Report on vaccination in the Province of Bengal - 1869-1873
Year: 1869
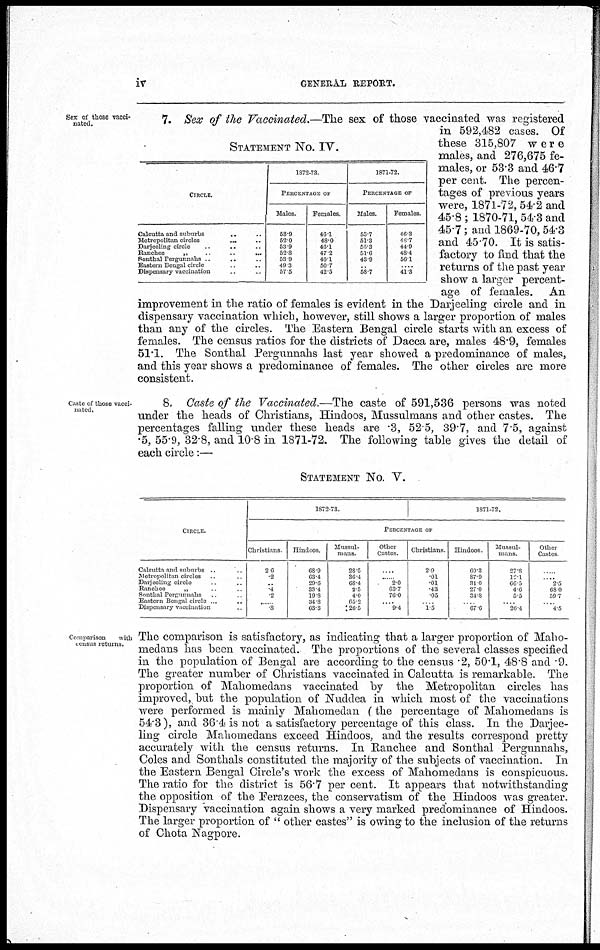
iv
GENERAL REPORT.
Sex of those vacci-
nated.
STATEMENT No. IV.
CIRCLE.
Calcutta and suburbs ... ...
Metropolitan circles
...
...
Darjeeling circle ... ...
Ranchee
„ ... ...
Sonthal Pergunnahs ... ...
Eastern Bengal circle ... ...
Dispensary vaccination ... ...
1872-73.
PERCENTAGE OF
Males.
58.9
52.0
53.9
52.8
53.9
49.3
57.5
Females.
46.1
48.0
46.1
47.2
46.1
50.7
42.5
1871-72.
PERCENTAGE OF
Males.
53.7
51.3
55.3
51.6
43.9
...
58.7
Females.
46.3
48.7
44.9
48.4
56.1
....
41.3
7. Sex of the Vaccinated.—The sex of those vaccinated was registered
in 592,482 cases. Of
these 315,807 were
males, and 276,675 fe-
males, or 53.3 and 46.7
per cent. The percen-
tages of previous years
were, 1871-72,54.2 and
45.8 ; 1870-71, 54.3 and
45.7; and 1869-70, 54.3
and 45.70. It is satis-
factory to find that the
returns of the past year
show a larger percent-
age of females. An
improvement in the ratio of females is evident in the Darjeeling circle and in
dispensary vaccination which, however, still shows a larger proportion of males
than any of the circles. The Eastern Bengal circle starts with an excess of
females. The census ratios for the districts of Dacca are, males 48.9, females
51.1. The Sonthal Pergunnahs last year showed a predominance of males,
and this year shows a predominance of females. The other circles are more
consistent.
Caste of those vacci-
nated,
8. Caste of the Vaccinated.—The caste of 591,536 persons was noted
under the heads of Christians, Hindoos, Mussulmans and other castes. The
percentages falling under these heads are .3, 52.5, 39.7, and 7.5, against
.5, 55.9, 32.8, and 10.8 in 1871-72. The following table gives the detail of
each circle:—
STATEMENT No. V.
CIRCLE.
Calcutta and suburbs ..
Metropohtan circles ..
Darjeeling circle ..
Ranchee
„ ..
Sonthal Pergunnahs ..
Eastern Bengal circle ..
Dispensary vaccination ..
1872-73.
1871-72.
PERCENTAGE OF
Christians
2.6
2
..
4
2
..
8
Hindoos
68.9
63.4
29.6
33.4
19.8
34.8
63.3
Mussul-
mans.
28.5
36.4
68.4
2.5
4.0
60.2
26.5
Other
Castes
..
..
2.0
63.7
76.0
..
9.4
Christians
2.0
.01
.01
.43
0.5
..
1.5
Hindoos
69.3
87.9
81.0
27.0
34.8
..
67.6
Mussul-
mans
27.8
12.1
66.5
4.6
5.5
..
26.4
Other
Castes
..
..
2.5
68.0
59.7
..
4.5
Comparison
with
census returns.
The comparison is satisfactory, as indicating that a larger proportion of Maho-
medans has been vaccinated. The proportions of the several classes specified
in the population of Bengal are according to the census .2, 50.1, 48.8 and .9.
The greater number of Christians vaccinated in Calcutta is remarkable. The
proportion of Mahomedans vaccinated by the Metropolitan circles has
improved, but the population of Nuddea in which most of the vaccinations
were performed is mainly Mahomedan (the percentage of Mahomedans is
54.3), and 36.4 is not a satisfactory percentage of this class. In the Darjee-
ling circle Mahomedans exceed Hindoos, and the results correspond pretty
accurately with the census returns. In Ranchee and Sonthal Pergunnahs,
Coles and Sonthals constituted the majority of the subjects of vaccination. In
the Eastern Bengal Circle's work the excess of Mahomedans is conspicuous.
The ratio for the district is 56.7 per cent. It appears that notwithstanding
the opposition of the Ferazees, the conservatism of the Hindoos was greater.
Dispensary vaccination again shows a very marked predominance of Hindoos.
The larger proportion of " other castes" is owing to the inclusion of the returns
of Chota Nagpore.